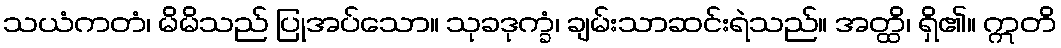
သယံကတံ၊ မိမိသည် ပြုအပ်သော။ သုခဒုက္ခံ၊ ချမ်းသာဆင်းရဲသည်။ အတ္ထိ၊ ရှိ၏။ ဣတိ